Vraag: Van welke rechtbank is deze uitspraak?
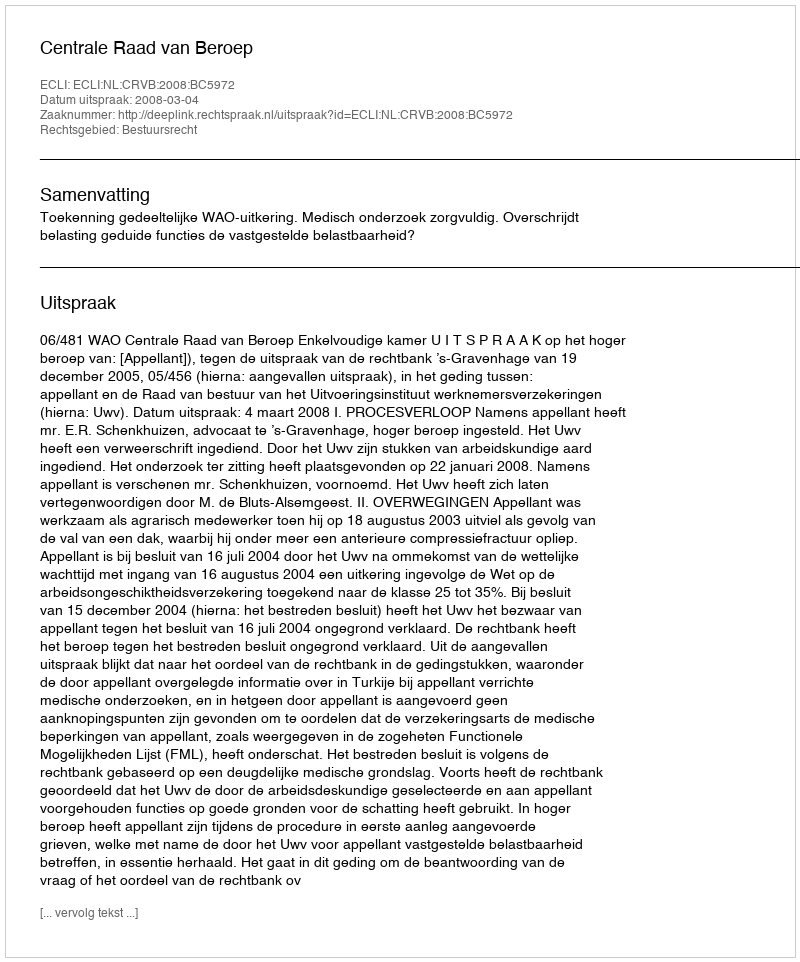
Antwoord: Centrale Raad van Beroep